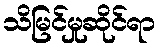
သိမြင်မှုဆိုင်ရာ